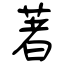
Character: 著